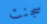
سجنت